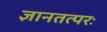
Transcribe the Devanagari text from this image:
ज्ञानतत्परः